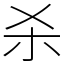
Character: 杀